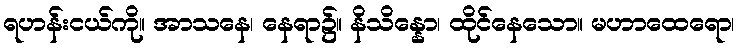
ရဟန်းငယ်ကို။ အာသနေ၊ နေရာ၌။ နိသိန္နော၊ ထိုင်နေသော။ မဟာထေရော၊